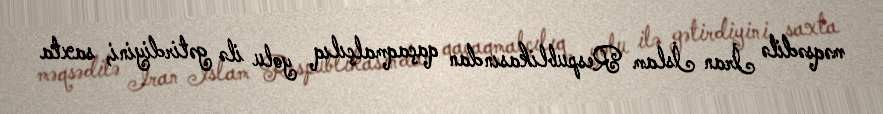
məqsədilə İran İslam Respublikasından qaçaqmalçılıq yolu ilə gətirdiyini, saxta